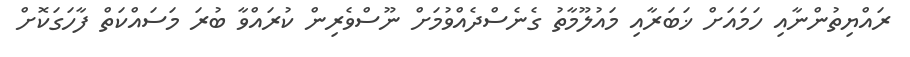
ރައްޔިތުންނާއި ހަމައަށް ޚަބަރާއި މައުލޫމާތު ގެނެސްދެއްވުމަށް ނޫސްވެރިން ކުރައްވާ ބުރަ މަސައްކަތް ފާހަގަކޮށް